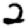
Digit: 2